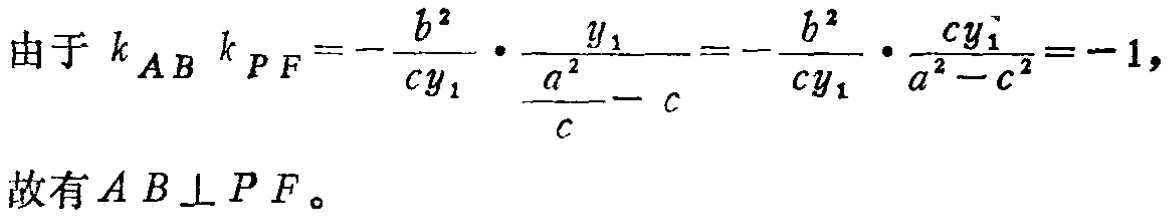
由于 \(k_{AB}k_{PF}=-\frac{b^{2}}{cy_{1}}\cdot\frac{y_{1}}{\frac{a^{2}}{c}-c}=-\frac{b^{2}}{cy_{1}}\cdot\frac{cy_{1}}{a^{2}-c^{2}}=-1,\)
故有 \(AB\perp PF\)。